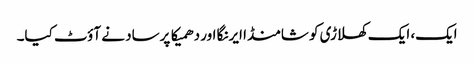
ایک، ایک کھلاڑی کو شامنڈا ایرنگا اور دھمیکا پرساد نے آؤٹ کیا۔